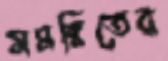
সমন্বিতের